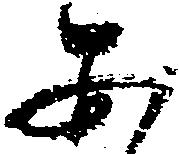
あ